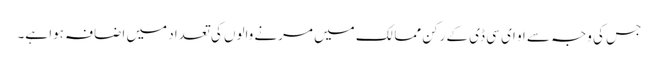
جس کی وجہ سے او ای سی ڈی کے رکن ممالک میں مرنے والوں کی تعداد میں اضافہ ہوا ہے۔